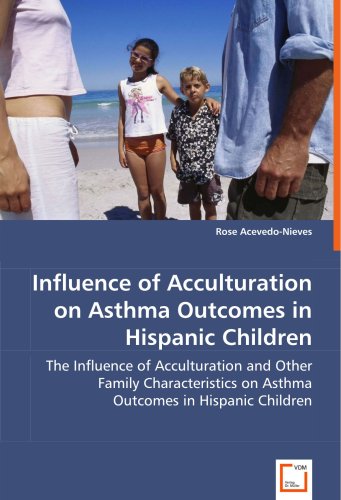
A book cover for Influence of Acculturation on Asthma Outcomes in Hispanic Children: The Influence of Acculturation and Other Family Characteristics on Asthma Outcomes in Hispanic Children; Rose Acevedo-Nieves; Health, Fitness & Dieting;